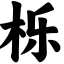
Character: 栎